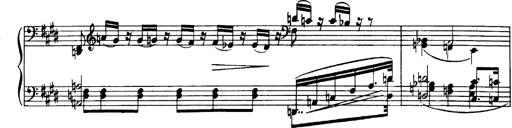
Title: OuvertÃ¼re zu TannhÃ¤user
Composer: Franz Liszt